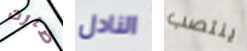
صارت النادل ينتصب